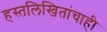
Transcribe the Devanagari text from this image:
हस्तलिखितांचाही